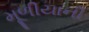
મૂળીયાની